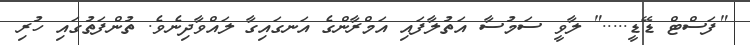
"ފަސްޓް ޑޭޑީ....." ލާވީ ސަމުސާ އަތުލާފައި އަމްރާންގެ އަނގައިގާ ލައްވާދިނެވެ. ތުންފަތުގައި ހުރި